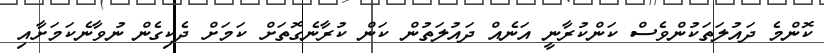
ކޮންމެ ދައުލަތަކުންވެސް ކަންކުރާނީ އަނެއް ދައުލަތުން ކަން ކުރާނެގޮތަށް ކަމަށް ދެކިގެން ނުވާނެކަމަށާއި